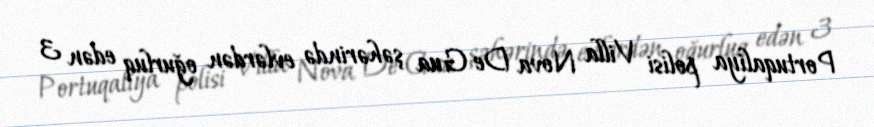
Portuqaliya polisi Villa Nova De Gua şəhərində evlərdən oğurluq edən 3